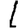
Digit: 1